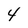
Character: 4